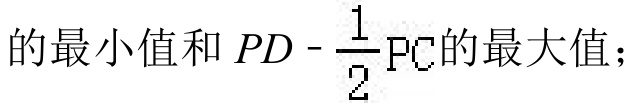
的最小值和 \(PD - \frac{1}{2}PC\) 的最大值；